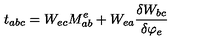
t _ { a b c } = W _ { e c } M _ { a b } ^ { e } + W _ { e a } \frac { \delta W _ { b c } } { \delta \varphi _ { e } }